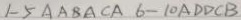
1 - 5 A A B A C A 6 - 1 0 A D D C B